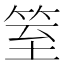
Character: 䇪